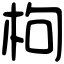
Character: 枸